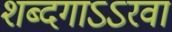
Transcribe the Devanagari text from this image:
शब्दगाऽऽरवा